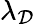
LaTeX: \lambda_{\mathcal{D}}